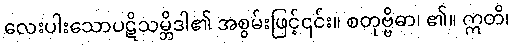
လေးပါးသောပဋိသမ္ဘိဒါ၏ အစွမ်းဖြင့်၎င်း။ စတုဗ္ဗိဓာ၊ ၏။ ဣတိ၊